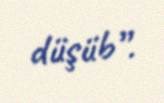
düşüb”.